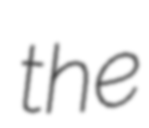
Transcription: the